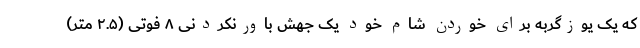
که یک یوزگربه برای خوردن شام خود یک جهش باورنکردنی ۸ فوتی (۲.۵ متر)